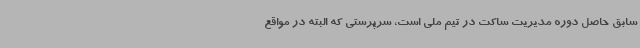
سابق حاصل دوره مدیریت ساکت در تیم‌ ملی است، سرپرستی که البته در مواقع